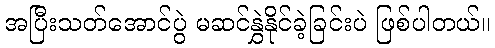
အပြီးသတ်အောင်ပွဲ မဆင်နွှဲနိုင်ခဲ့ခြင်းပဲ ဖြစ်ပါတယ်။